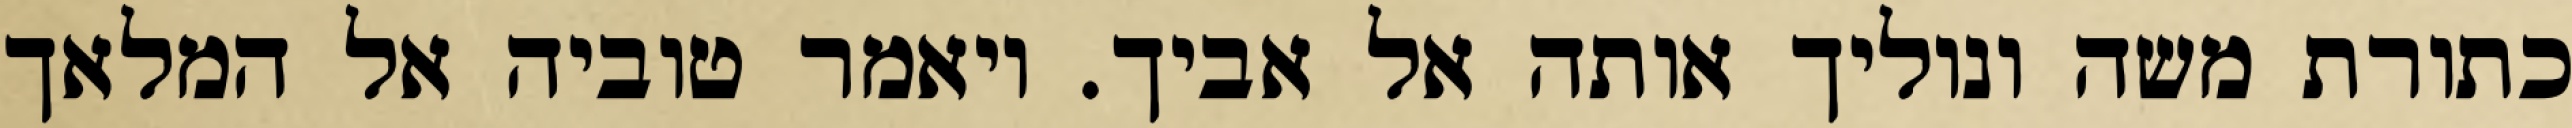
כתורת משה ונוליך אותה אל אביך. ויאמר טוביה אל המלאך